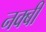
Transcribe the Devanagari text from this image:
नक्बी